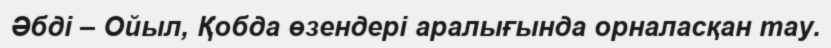
Әбді – Ойыл, Қобда өзендері аралығында орналасқан тау.